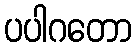
ပပါဂတော